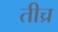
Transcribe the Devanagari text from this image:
तीच्र